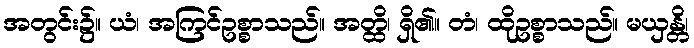
အတွင်း၌။ ယံ၊ အကြင်ဥစ္စာသည်။ အတ္ထိ၊ ရှိ၏။ တံ၊ ထိုဥစ္စာသည်။ မယှန္တိ၊